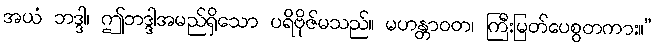
အယံ ဘဒ္ဒါ၊ ဤဘဒ္ဒါအမည်ရှိသော ပရိဗိုဇ်မသည်။ မဟန္တာဝတ၊ ကြီးမြတ်ပေစွတကား။”